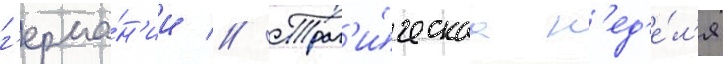
г'ерма́н'ии // Траг'и́ческаа н'ед'е́л'я